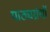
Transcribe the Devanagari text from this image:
पाठ्यग्रंथों